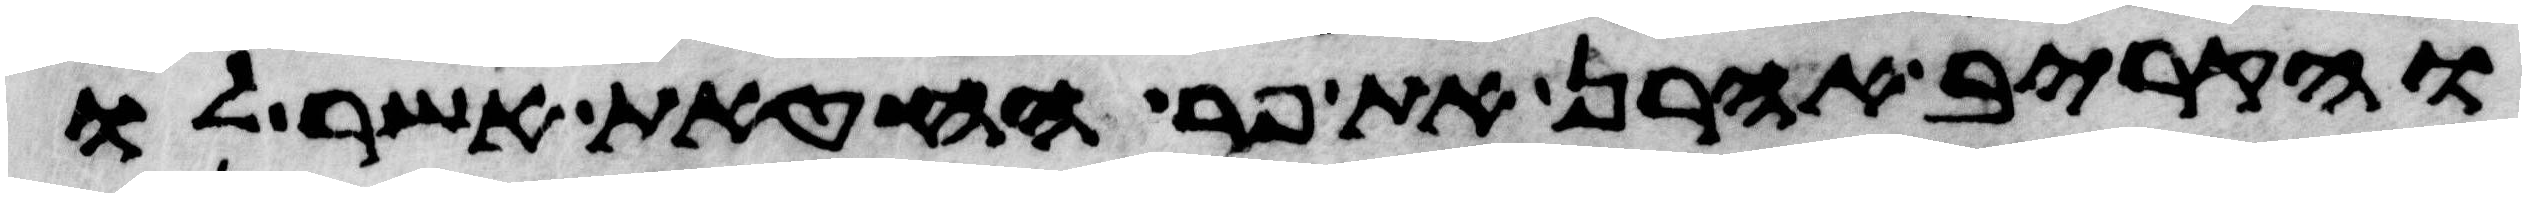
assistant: והקריב אהרן את פר החטאת אשר לו